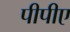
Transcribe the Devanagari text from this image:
पीपीए